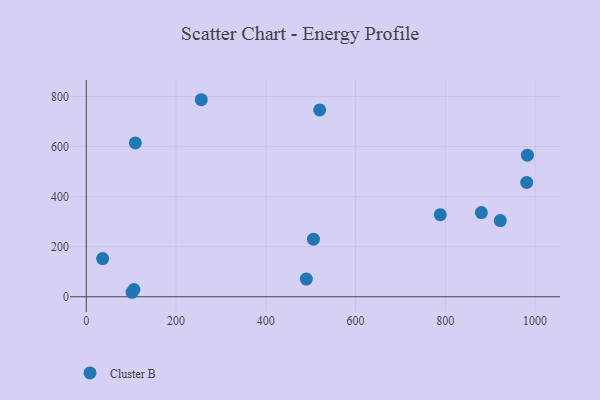
{"axis": {"x": "Distance", "y": "Demand"}, "legend": ["Cluster B"], "data": [{"x": "109.3", "y": 614.8, "type": "Cluster B"}, {"x": "880.3", "y": 336.4, "type": "Cluster B"}, {"x": "520.0", "y": 746.4, "type": "Cluster B"}, {"x": "256.2", "y": 787.3, "type": "Cluster B"}, {"x": "101.9", "y": 17.9, "type": "Cluster B"}, {"x": "922.4", "y": 304.4, "type": "Cluster B"}, {"x": "981.3", "y": 457.0, "type": "Cluster B"}, {"x": "36.4", "y": 152.4, "type": "Cluster B"}, {"x": "506.2", "y": 230.0, "type": "Cluster B"}, {"x": "106.2", "y": 28.9, "type": "Cluster B"}, {"x": "788.8", "y": 327.8, "type": "Cluster B"}, {"x": "490.3", "y": 70.7, "type": "Cluster B"}, {"x": "982.8", "y": 565.7, "type": "Cluster B"}]}